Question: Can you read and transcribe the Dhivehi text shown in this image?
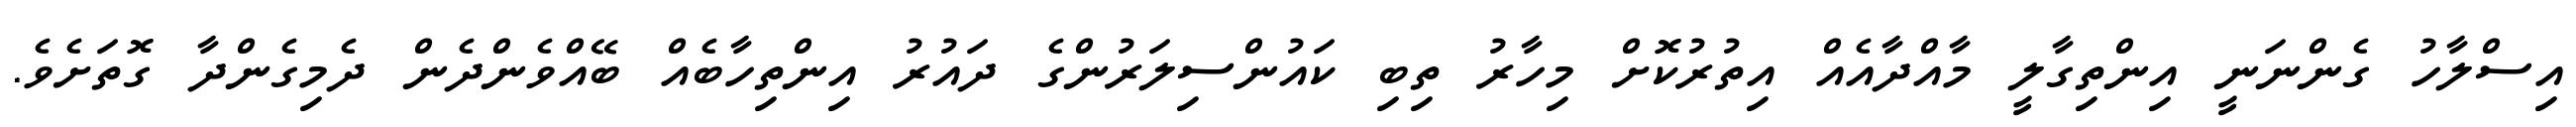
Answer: އިސްލާހު ގެންނަނީ އިންތިގާލީ މާއްދާއެއް އިތުރުކޮށް މިހާރު ތިބި ކައުންސިލަރުންގެ ދައުރު އިންތިހާބެއް ބޭއްވެންދެން ދެމިގެންދާ ގޮތަށެވެ.